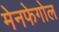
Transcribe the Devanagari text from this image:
मेनफेगोल